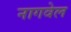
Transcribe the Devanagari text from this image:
नागवेल